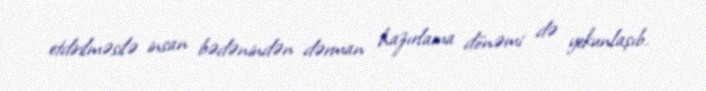
etdirilməsilə insan bədənindən dərman hazırlama dönəmi də yekunlaşıb.